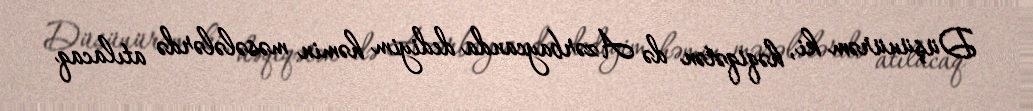
Düşünürəm ki, həqiqətən də Azərbaycanda dediyim həmin məsələlərdə atılacaq